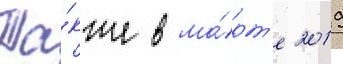
Та́кже в ма́рт'е 2019